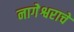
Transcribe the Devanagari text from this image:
नागेेश्वराचे